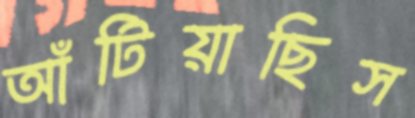
আঁটিয়াছিস